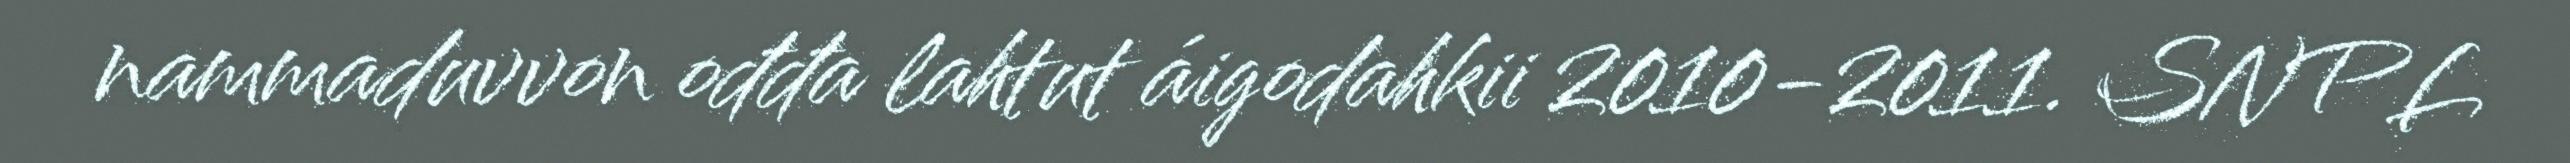
nammaduvvon ođđa lahtut áigodahkii 2010-2011. SNPL